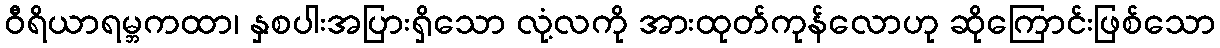
ဝီရိယာရမ္ဘကထာ၊ နှစပါးအပြားရှိသော လုံ့လကို အားထုတ်ကုန်လောဟု ဆိုကြောင်းဖြစ်သော